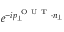
e ^ { - i p _ { \perp } ^ { \mathrm { ~ O ~ U ~ T ~ } } \cdot n _ { \perp } }